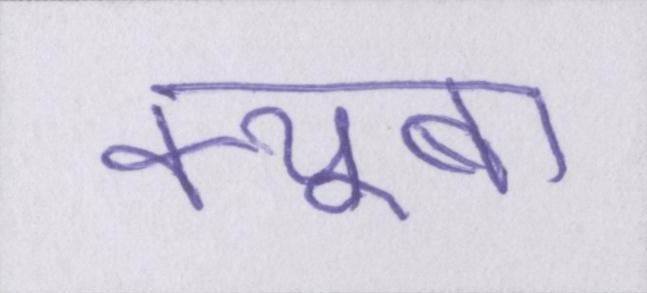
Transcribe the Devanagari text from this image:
क्यूबा